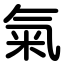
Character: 氣